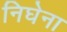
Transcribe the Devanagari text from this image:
निघेना